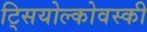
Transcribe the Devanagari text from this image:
ट्सियोल्कोवस्की